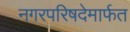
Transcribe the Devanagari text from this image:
नगरपरिषदेमार्फत